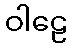
ဝါဠေ